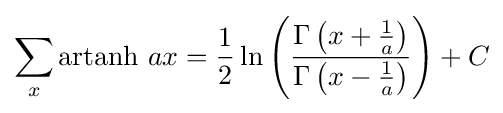
\sum _{x}\operatorname {artanh} \,ax={\frac {1}{2}}\ln \left({\frac {\Gamma \left(x+{\frac {1}{a}}\right)}{\Gamma \left(x-{\frac {1}{a}}\right)}}\right)+C